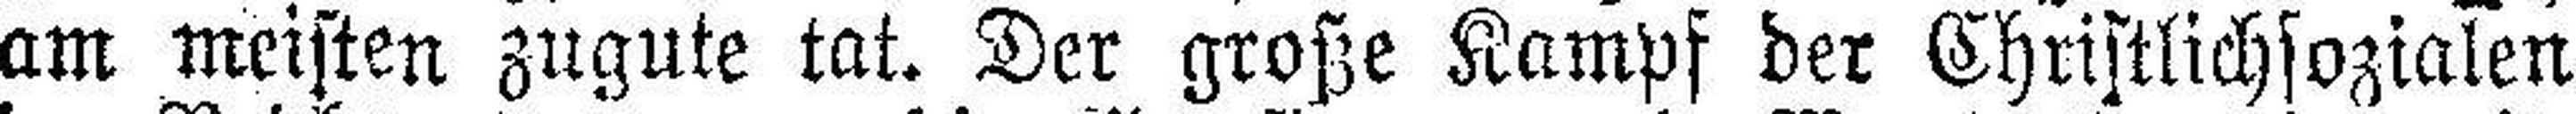
am meisten zugute tat. Der große Kampf der Christlichsozialen